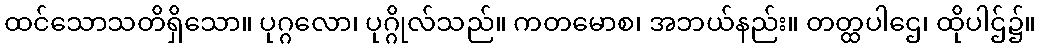
ထင်သောသတိရှိသော။ ပုဂ္ဂလော၊ ပုဂ္ဂိုလ်သည်။ ကတမောစ၊ အဘယ်နည်း။ တတ္ထပါဌေ၊ ထိုပါဌ်၌။